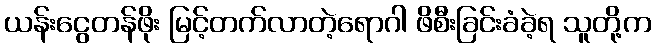
ယန်းငွေတန်ဖိုး မြင့်တက်လာတဲ့ရောဂါ ဖိစီးခြင်းခံခဲ့ရ သူတို့က